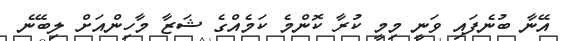
އޭނާ ބުނެފައި ވަނީ މިމީ ކުރާ ކޮންމެ ކަމެއްގެ ޝަޒާ މާހިންއަށް ލިބޭނެ